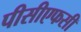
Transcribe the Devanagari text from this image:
पीसीएफसी